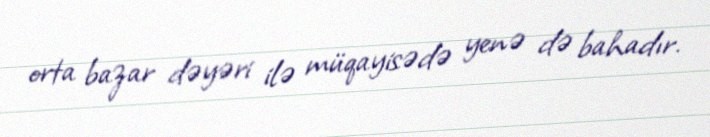
orta bazar dəyəri ilə müqayisədə yenə də bahadır.